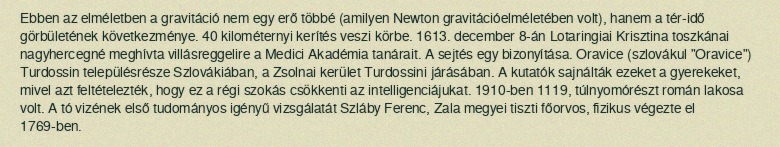
Ebben az elméletben a gravitáció nem egy erő többé (amilyen Newton gravitációelméletében volt), hanem a tér-idő görbületének következménye. 40 kilométernyi kerítés veszi körbe. 1613. december 8-án Lotaringiai Krisztina toszkánai nagyhercegné meghívta villásreggelire a Medici Akadémia tanárait. A sejtés egy bizonyítása. Oravice (szlovákul "Oravice") Turdossin településrésze Szlovákiában, a Zsolnai kerület Turdossini járásában. A kutatók sajnálták ezeket a gyerekeket, mivel azt feltételezték, hogy ez a régi szokás csökkenti az intelligenciájukat. 1910-ben 1119, túlnyomórészt román lakosa volt. A tó vizének első tudományos igényű vizsgálatát Szláby Ferenc, Zala megyei tiszti főorvos, fizikus végezte el 1769-ben.